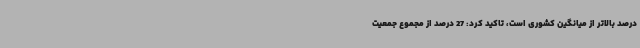
درصد بالاتر از میانگین کشوری است، تاکید کرد: 27 درصد از مجموع جمعیت